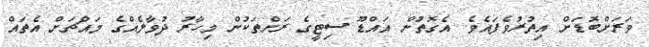
ވަރަށްބޮޑަށް އިތުރުވެފައެވެ. އެގޮތުން އައްޑޫ ސިޓީގެ ރަށްތަކުން މިހާރު ދުވާލެއްގެ މައްޗަށް އެތައް